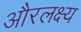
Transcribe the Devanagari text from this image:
औरलक्ष्य